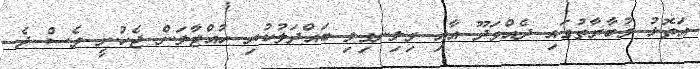
އަތޮޅު މުބާރާތުގައި ދެއްވަދޫ އާއި ވިލިނގިލި ބައްދަލުކުރި ހުއްޓާލަން ޖެހުނީ ވެސް ދެ